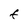
Character: F